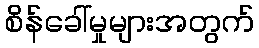
စိန်ခေါ်မှုများအတွက်